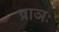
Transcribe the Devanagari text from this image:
प्राञः